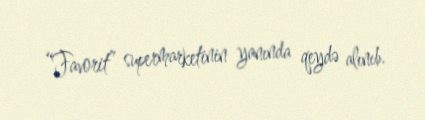
“Favorit” supermarketinin yanında qeydə alınıb.